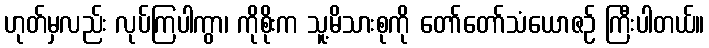
ဟုတ်မှလည်း လုပ်ကြပါကွာ၊ ကိုစိုးက သူ့မိသားစုကို တော်တော်သံယောဇဉ် ကြီးပါတယ်။